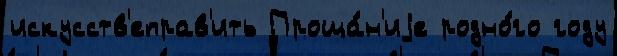
искусств'еправ'ить Проща́н'иjе родно́го году